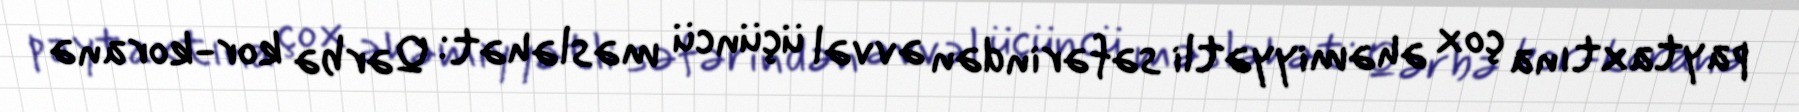
paytaxtına çox əhəmiyyətli səfərindən əvvəl üçüncü məsləhət: Qərbə kor-koranə